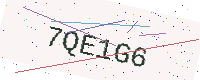
Text: 7QE1G6